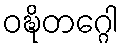
ဝဍ္ဎိတဂ္ဂေါ